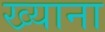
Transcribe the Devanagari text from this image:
ख्याना